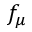
f _ { \mu }